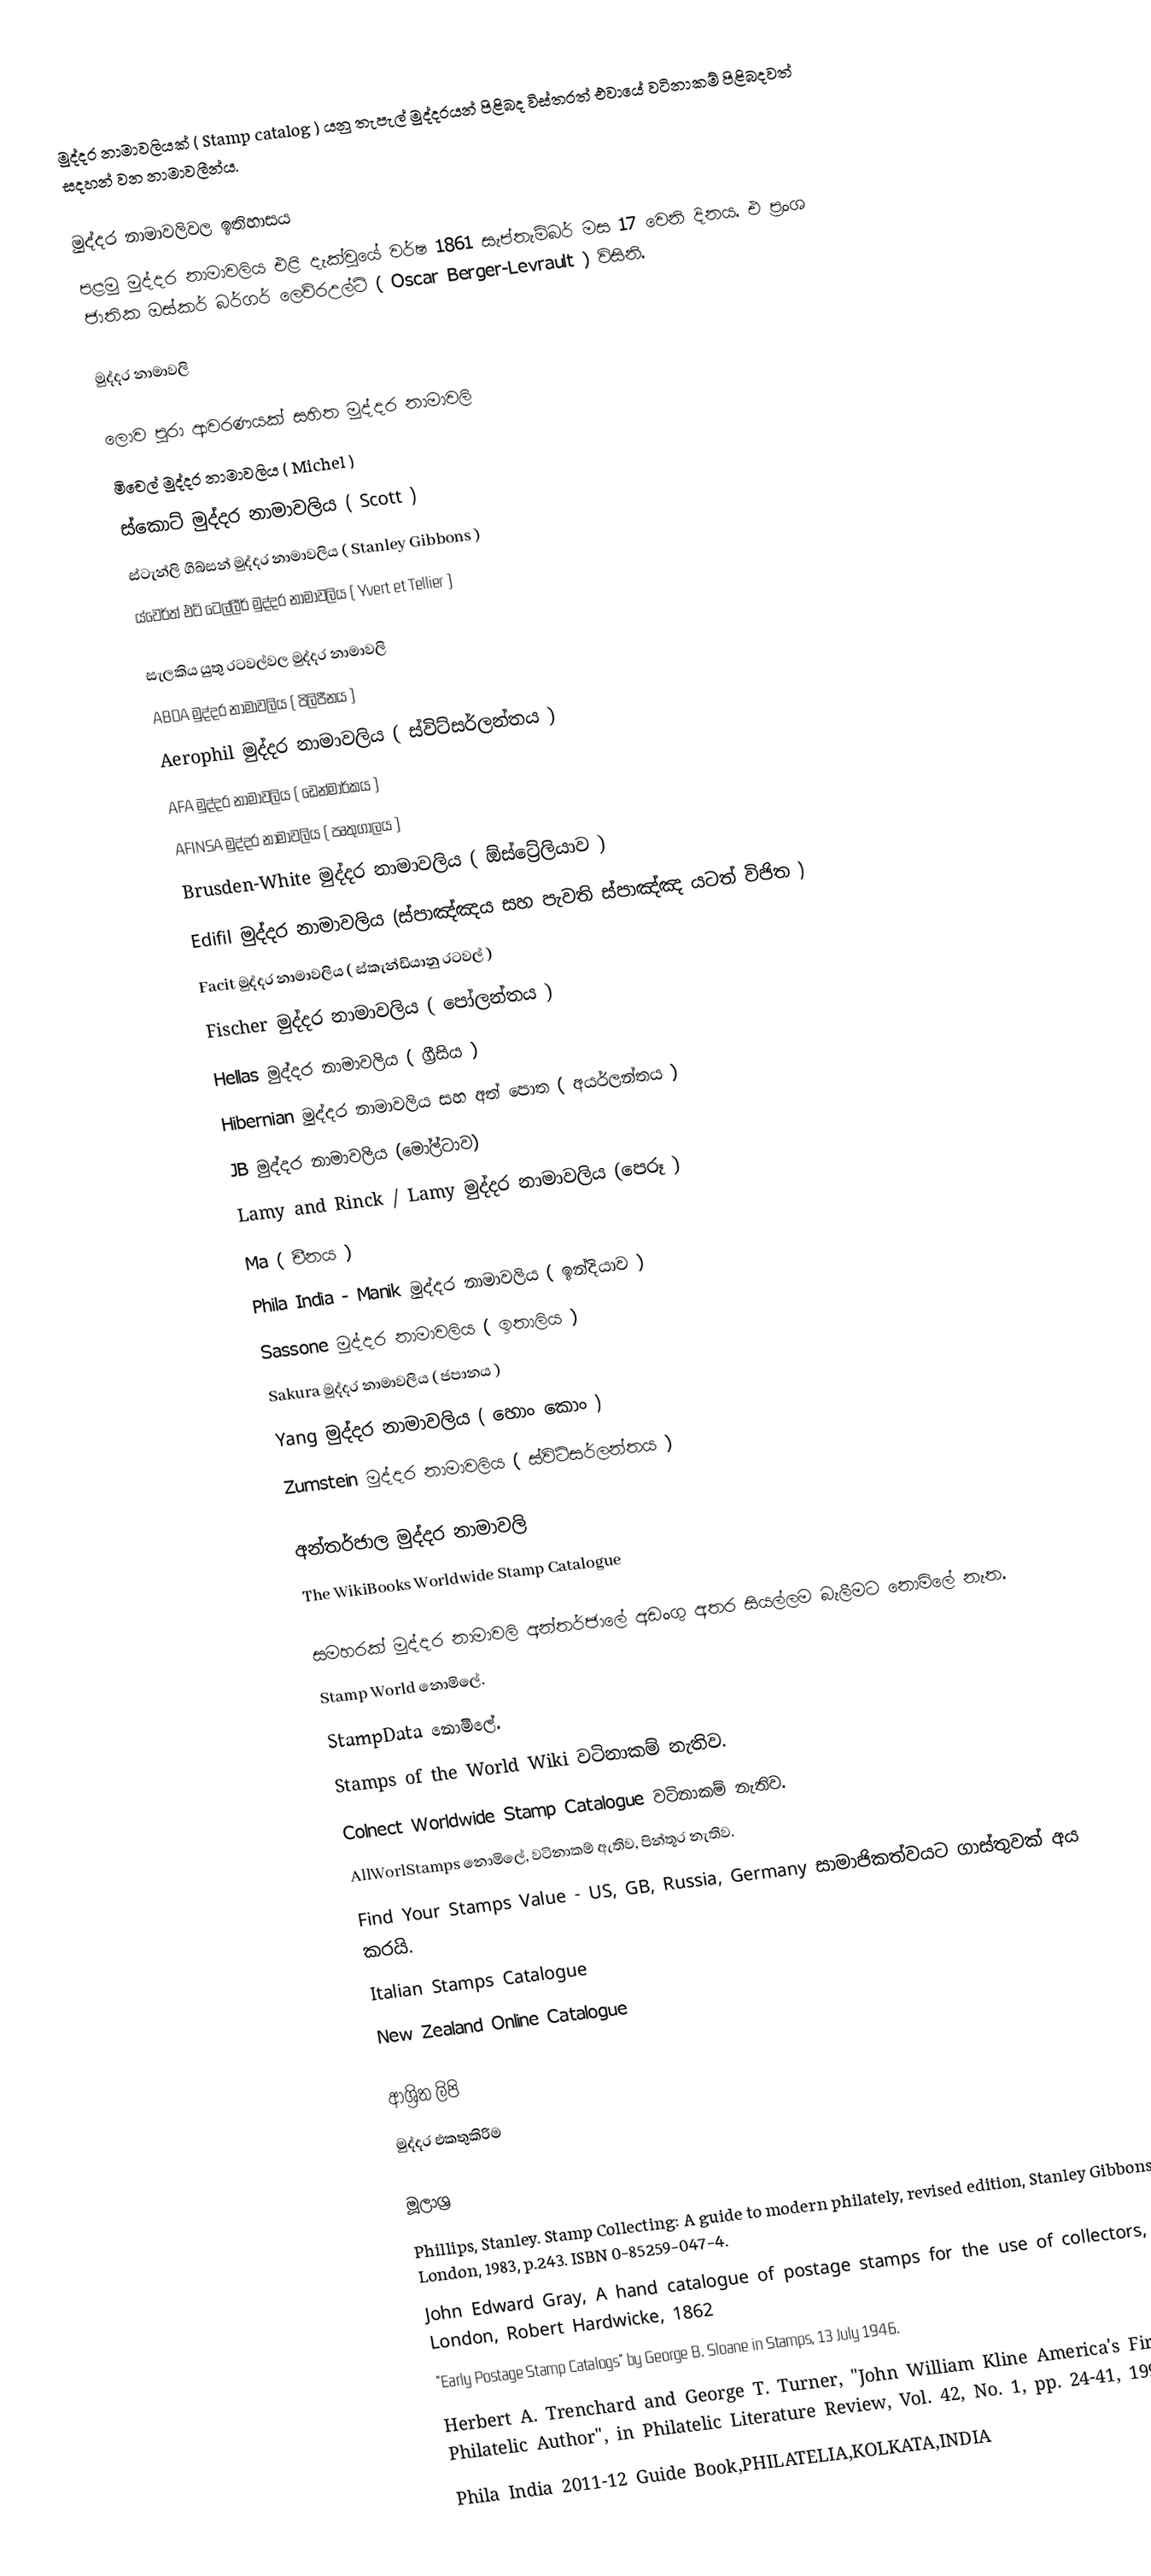
මුද්දර නාමාවලියක් ( Stamp catalog ) යනු  තැපැල් මුද්දරයන් පිළිබද විස්තරත් එවායේ වටිනාකම් පිළිබදවත් සදහන් වන නාමාවලීන්ය.

මුද්දර නාමාවලිවල ඉතිහාසය
පළමු මුද්දර නාමාවලිය එළි දැක්වුයේ වර්ෂ 1861 සැප්තැම්බර් මස 17 වෙනි දිනය. එ ප්‍රංශ ජාතික ඔස්කර් බර්ගර් ලෙව්රඋල්ට් ( Oscar Berger-Levrault ) විසිනි.

මුද්දර නාමාවලි

ලොව පුරා ආවරණයක් සහිත මුද්දර නාමාවලි
මිචෙල් මුද්දර නාමාවලිය ( Michel )
ස්කොට් මුද්දර නාමාවලිය ( Scott )
ස්ටැන්ලි ගිබ්සන් මුද්දර නාමාවලිය ( Stanley Gibbons )
ය්වෙර්ත් එට් ටෙල්ලීර් මුද්දර නාමාවලිය ( Yvert et Tellier )

සැලකිය යුතු රටවල්වල මුද්දර නාමාවලි
ABDA මුද්දර නාමාවලිය ( පිලිපීනය )
Aerophil මුද්දර නාමාවලිය ( ස්විට්සර්ලන්තය )
AFA මුද්දර නාමාවලිය ( ඩෙන්මාර්කය )
AFINSA මුද්දර නාමාවලිය ( පෘතුගාලය )
Brusden-White මුද්දර නාමාවලිය ( ඕස්ට්‍රේලියාව )
Edifil මුද්දර නාමාවලිය (ස්පාඤ්ඤය සහ පැවති ස්පාඤ්ඤ යටත් විජිත )
Facit මුද්දර නාමාවලිය ( ස්කැන්ඩියානු රටවල් )
Fischer මුද්දර නාමාවලිය ( පෝලන්තය )
Hellas මුද්දර නාමාවලිය ( ග්‍රීසිය )
Hibernian මුද්දර නාමාවලිය සහ අත් පොත ( අයර්ලන්තය )
JB මුද්දර නාමාවලිය (මෝල්ටාව)
Lamy and Rinck / Lamy මුද්දර නාමාවලිය (පෙරූ )
Ma ( චීනය )
Phila India - Manik මුද්දර නාමාවලිය ( ඉන්දියාව )
Sassone මුද්දර නාමාවලිය ( ඉතාලිය )
Sakura මුද්දර නාමාවලිය ( ජපානය )
Yang මුද්දර නාමාවලිය ( හොං කොං )
Zumstein මුද්දර නාමාවලිය ( ස්විට්සර්ලන්තය )

අන්තර්ජාල මුද්දර නාමාවලි
The WikiBooks Worldwide Stamp Catalogue

සමහරක් මුද්දර නාමාවලි අන්තර්ජාලේ අඩංගු අතර සියල්ලම බැලීමට නොමිලේ නැත.
Stamp World නොමිලේ.
StampData නොමිලේ.
Stamps of the World Wiki වටිනාකම් නැතිව.
Colnect Worldwide Stamp Catalogue වටිනාකම් නැතිව.
AllWorlStamps නොමිලේ, වටිනාකම් ඇතිව, පින්තූර නැතිව.
Find Your Stamps Value - US, GB, Russia, Germany සාමාජිකත්වයට ගාස්තුවක් අය කරයි.
Italian Stamps Catalogue
New Zealand Online Catalogue

ආශ්‍රිත ලිපි
මුද්දර එකතුකිරිම

මූලාශ්‍ර
 Phillips, Stanley. Stamp Collecting: A guide to modern philately, revised edition, Stanley Gibbons, London, 1983, p.243. ISBN 0-85259-047-4.
 John Edward Gray, A hand catalogue of postage stamps for the use of collectors, London, Robert Hardwicke, 1862
 "Early Postage Stamp Catalogs" by George B. Sloane in Stamps, 13 July 1946.
 Herbert A. Trenchard and George T. Turner, "John William Kline America's First Philatelic Author", in Philatelic Literature Review, Vol. 42, No. 1, pp. 24-41, 1993
 Phila India 2011-12 Guide Book,PHILATELIA,KOLKATA,INDIA